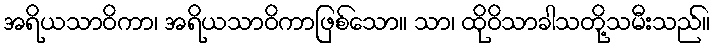
အရိယသာဝိကာ၊ အရိယသာဝိကာဖြစ်သော။ သာ၊ ထိုဝိသာခါသတို့သမီးသည်။